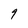
Character: 9